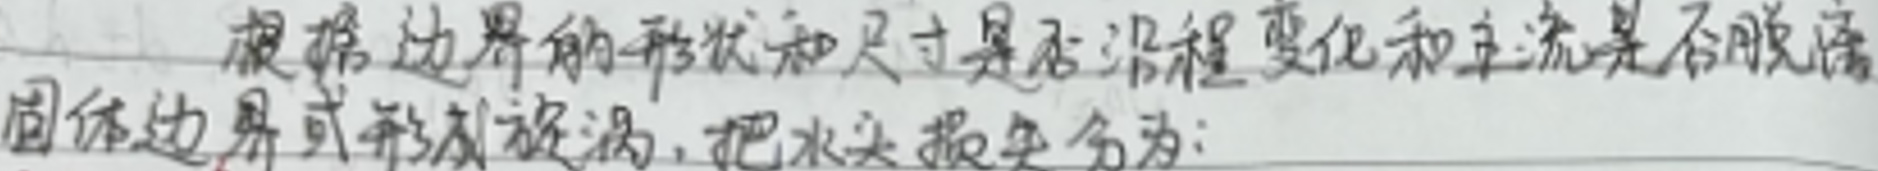
根据边界的形状和尺寸是否沿程变化和主流是否脱离固体边界或形成旋涡，把水头损失分为：